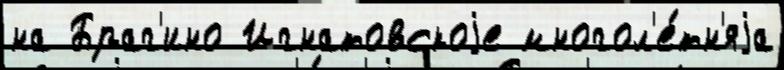
на Браг'ино Игнатовскоjе многол'е́тн'яjа